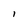
Character: 1